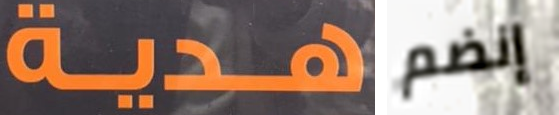
هدية إنضم